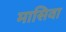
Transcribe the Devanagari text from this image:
मासिवा